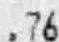
.76